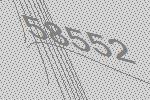
58552